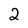
Character: 2